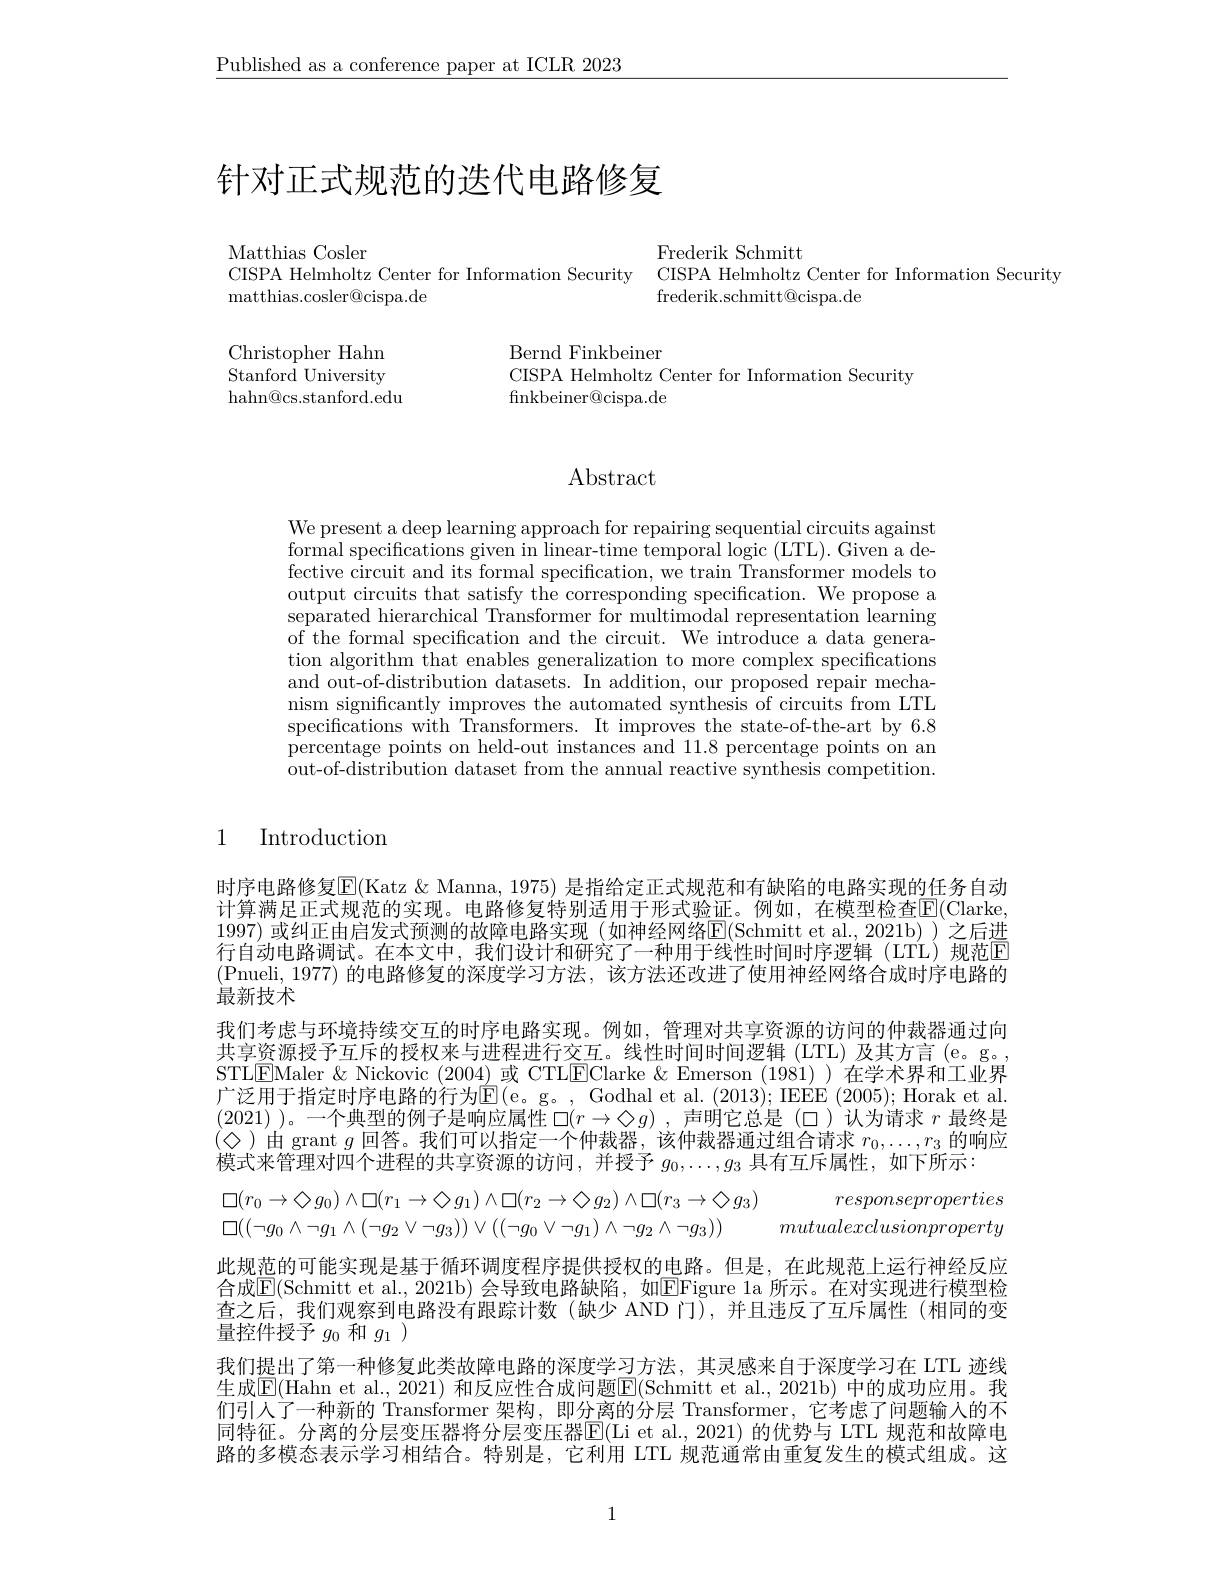
$\underline{\text{Published as a conference paper at ICLR 2023}}$

# 针对正式规范的迭代电路修复

Frederik Schmitt
CISPA Helmholtz Center for Information Security
frederik.schmitt@cispa.de

Matthias Cosler
CISPA Helmholtz Center for Information Security
matthias.cosler@cispa.de

Christopher Hahn Stanford University hahn@cs.stanford.edu

Bernd Finkbeiner
CISPA Helmholtz Center for Information Security
finkbeiner@cispa.de

# Abstract

We present a deep learning approach for repairing sequential circuits against $\hat{\text{formal specifications given in linear-time temporal logic (LTL). Given a de-}}$ fective circuit and its formal specification, we train Transformer models to output circuits that satisfy the corresponding specification. We propose a separated hierarchical Transformer for multimodal representation learning of the formal specification and the circuit. We introduce a data generation algorithm that enables generalization to more complex specifications and out-of-distribution datasets. In addition, our proposed repair mechanism significantly improves the automated synthesis of circuits from LTL specifications with Transformers. It improves the state-of-the-art by 6.8 percentage points on held-out instances and 11.8 percentage points on an out-of-distribution dataset from the annual reactive synthesis competition.

1 Introduction

时序电路修复$\overline{\mathbb{E}}($Katz &Manna, 1975) 是指给定正式规范和有缺陷的电路实现的任务自动计算满足正式规范的实现。电路修复特别适用于形式验证。例如，在模型检查$\overline{\mathrm{E}}($Clarke, 1997) 或纠正由启发式预测的故障电路实现 (如神经网络$\overline{\mathrm{E}}($Schmitt et al.,2021b))之后进行自动电路调试。在本文中，我们设计和研究了一种用于线性时间时序逻辑(LTL)规范回(Pnueli,1977)的电路修复的深度学习方法，该方法还改进了使用神经网络合成时序电路的最新技术
我们考虑与环境持续交互的时序电路实现。例如，管理对共享资源的访问的仲裁器通过向共享资源授予互斥的授权来与进程进行交互。线性时间时间逻辑(LTL)及其方言(e。g. STLEMaler & Nickovic (2004) 或 CTLEClarke & Emerson (1981) ) 在学术界和工业界广泛用于指定时序电路的行为$\mathbb{E}($e。g。, Godhal et al. (2013); IEEE (2005); Horak et al. (2021) )。一个典型的例子是响应属性$\square(r\to\diamondsuit g)$,声明它总是(口)认为请求$r$最终是$(\diamondsuit)$由 grant $g$回答。我们可以指定一个仲裁器，该仲裁器通过组合请求$r_0,\ldots,r_3$的响应模式来管理对四个进程的共享资源的访问，并授予$g_0,\ldots,g_3$具有互斥属性，如下所示：
$$\begin{aligned}&\square(r_{0}\to\diamondsuit g_{0})\wedge\square(r_{1}\to\diamondsuit g_{1})\wedge\square(r_{2}\to\diamondsuit g_{2})\wedge\square(r_{3}\to\diamondsuit g_{3})&responseproperties\\&\square((\neg g_{0}\wedge\neg g_{1}\wedge(\neg g_{2}\vee\neg g_{3}))\vee((\neg g_{0}\vee\neg g_{1})\wedge\neg g_{2}\wedge\neg g_{3}))&mutualexclusionproperty\end{aligned}$$
此规范的可能实现是基于循环调度程序提供授权的电路。但是，在此规范上运行神经反应合成E(Schmitt et al., 2021b) 会导致电路缺陷，如EFigure 1a 所 示 。在 对 实 现 进 行 模 型 检 查之后，我们观察到电路没有跟踪计数(缺少 AND 门),并且违反了互斥属性(相同的变量控件授予$g_0$和$g_1)$
我们提出了第一种修复此类故障电路的深度学习方法，其灵感来自于深度学习在 LTL 迹线生成$\overline{\mathrm{E}}($Hahn et al., 2021) 和反应性合成问题$\overline\mathrm{E}($Schmitt et al., 2021b) 中的成功应用。我们引人了一种新的 Transformer 架构，即分离的分层 Transformer, 它考虑了问题输入的不同特征。分离的分层变压器将分层变压器$\overline{\mathbb{E}}($Li et al.,2021)的优势与 LTL 规范和故障电路的多模态表示学习相结合。特别是，它利用 LTL 规范通常由重复发生的模式组成。这

1